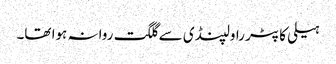
ہیلی کاپٹر راولپنڈی سے گلگت روانہ ہوا تھا۔